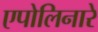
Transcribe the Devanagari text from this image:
एपोलिनारे